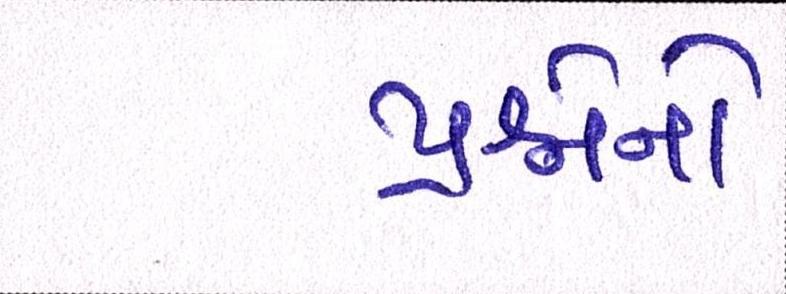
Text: પ્રશ્નોનો